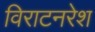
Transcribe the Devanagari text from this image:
विराटनरेश